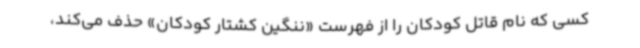
کسی که نام قاتل کودکان را از فهرست «ننگین کشتار کودکان» حذف می‌کند،